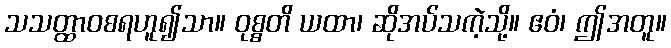
သသတ္ထာဝစရဟူ၍သာ။ ဝုစ္စတိ ယထာ၊ ဆိုအပ်သကဲ့သို့။ ဧဝံ၊ ဤအတူ။